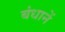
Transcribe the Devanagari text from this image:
बंधानें